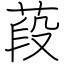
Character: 葮